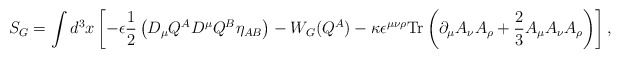
\begin{align*}S_G= \int d^3x\left[-\epsilon\frac{1}{2}\left(D_\mu Q^AD^{\mu}Q^B\eta_{AB}\right) -W_G(Q^A)-\kappa\epsilon^{\mu\nu\rho}\mbox{Tr}\left(\partial_\mu A_\nu A_\rho+\frac{2}{3}A_\mu A_\nu A_\rho\right)\right],\end{align*}